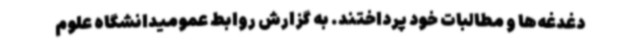
دغدغه‌ها و مطالبات خود پرداختند. به گزارش روابط عمومیدانشگاه علوم